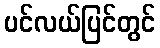
ပင်လယ်ပြင်တွင်